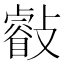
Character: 㪫